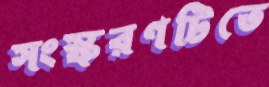
সংস্করণটিতে